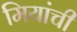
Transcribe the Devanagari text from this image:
मियांची